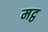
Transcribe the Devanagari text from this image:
मट्ठ